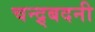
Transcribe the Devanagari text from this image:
चन्द्र्बदनी